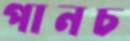
পানচ